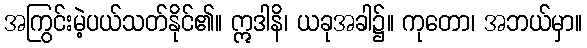
အကြွင်းမဲ့ပယ်သတ်နိုင်၏။ ဣဒါနိ၊ ယခုအခါ၌။ ကုတော၊ အဘယ်မှာ။